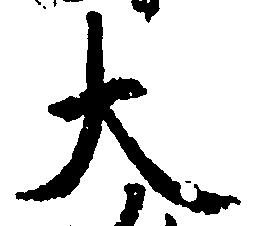
大